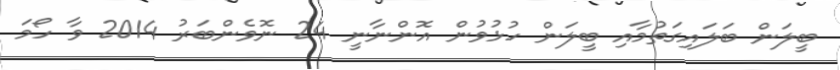
ބީލަން ބަލައިގަތުމާއި ބީލަން ހުޅުވުން އޮންނާނީ 24 ނޮވެންބަރު 2014 ވާ ހޯމަ